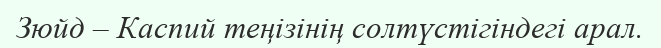
Зюйд – Каспий теңізінің солтүстігіндегі арал.